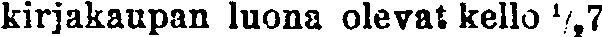
kirjakaupan luona olevat kello ½7